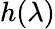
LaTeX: h(\lambda)